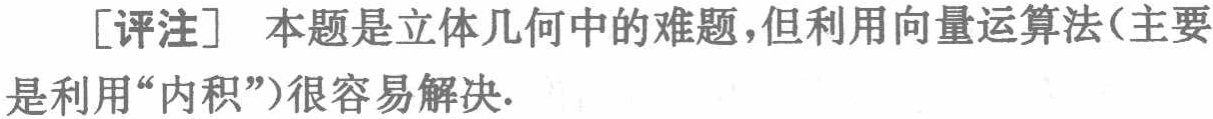
[评注] 本题是立体几何中的难题,但利用向量运算法（主要是利用“内积”）很容易解决.